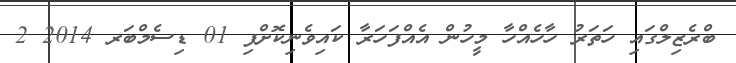
ބްރެޒިލްގައި ހަތަރު ހާހެއްހާ މީހުން އެއްފަހަރާ ކައިވެނިކޮށްފި 01 ޑިސެމްބަރ 2014 2